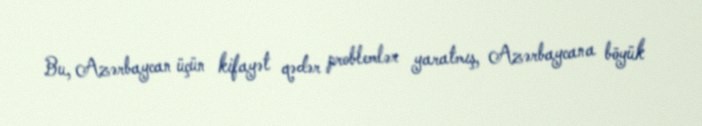
Bu, Azərbaycan üçün kifayət qədər problemlər yaratmış, Azərbaycana böyük